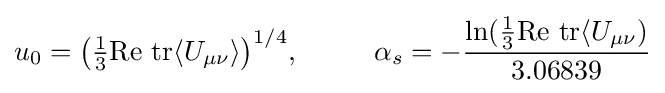
u_{0}={\big (}{\tfrac {1}{3}}{\text{Re}}\ {\text{tr}}\langle U_{\mu \nu }\rangle {\big )}^{1/4},\ \ \ \ \ \ \ \ \alpha _{s}=-{\frac {\ln({\tfrac {1}{3}}{\text{Re}}\ {\text{tr}}\langle U_{\mu \nu })}{3.06839}}